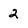
Character: 2